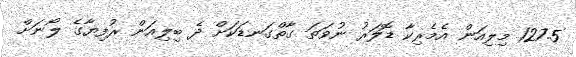
127.5 މިލިއަން އެމެރިކާ ޑޮލަރު ނުވަތަ ގާތްގަނޑަކަށް ދެ ބިލިއަން ރުފިޔާގެ ލޯނަށް